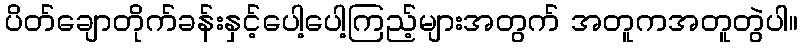
ပိတ်ချောတိုက်ခန်းနှင့်ပေါ့ပေါ့ကြည့်များအတွက် အတူကအတူတွဲပါ။